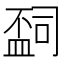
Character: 𬐩